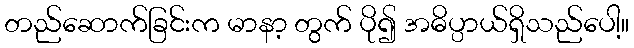
တည်ဆောက်ခြင်းက မာနာ့ တွက် ပို၍ အဓိပ္ပာယ်ရှိသည်ပေါ့။